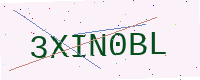
Text: 3XIN0BL